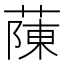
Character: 蔯